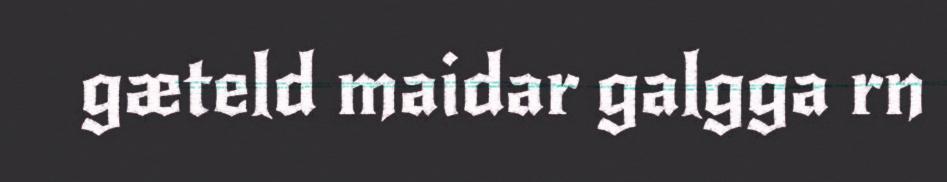
gæteld maidar galgga rn